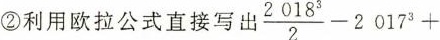
②利用欧拉公式直接写出 $$\frac { 2018 ^ { 3 } } { 2 } - 2017 ^ { 3 } +